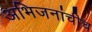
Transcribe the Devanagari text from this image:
अभिजनांचीच